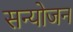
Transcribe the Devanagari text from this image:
सन्योजन